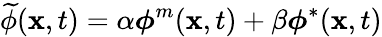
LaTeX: \widetilde{\phi}(\mathbf{x},t)=\alpha\boldsymbol{\phi}^{m}(\mathbf{x},t)+\beta\boldsymbol{\phi}^{*}(\mathbf{x},t)